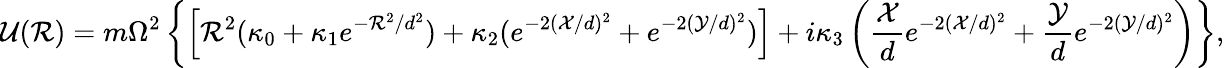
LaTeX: \mathcal{U}(\mathcal{R})=m\Omega^{2}\left\{ \left[\mathcal{R}^{2}(\kappa_{0}+\kappa_{1}e^{-\mathcal{R}^{2}/d^{2}})+\kappa_{2}(e^{-2(\mathcal{X}/d)^{2}}+e^{-2(\mathcal{Y}/d)^{2}})\right]+i\kappa_{3}\left(\frac{\mathcal{X}}{d}e^{-2(\mathcal{X}/d)^{2}}+\frac{\mathcal{Y}}{d}e^{-2(\mathcal{Y}/d)^{2}}\right)\right\} ,